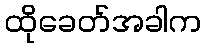
ထိုခေတ်အခါက